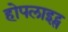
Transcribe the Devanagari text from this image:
होपलाइट्स